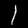
Label: 1